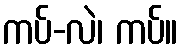
ကပ်-လဲ၊ ကပ်။